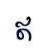
ឥ